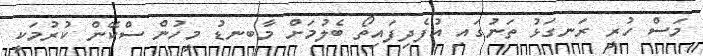
މަސް ހުރީ ރަނގަޅު ތަނުގައި އުފެދިފައިތޯ ބެލުމަށް މާބނޑު މީހުން ސްކޭން ކުރުމަކީ